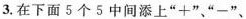
3.在下面5个5中间添上”+”、”-”、